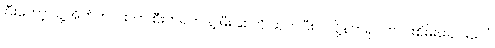
ပြီးတော့ သူ့အိတ်ကပ်ထဲက စီးကရက် နဲ့ မီးခြစ်ကို ထုတ်ပြီး ပဲလို့နတ်ရုပ်က ဝါးစိမ်းခေါင်းပေါ်